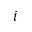
i